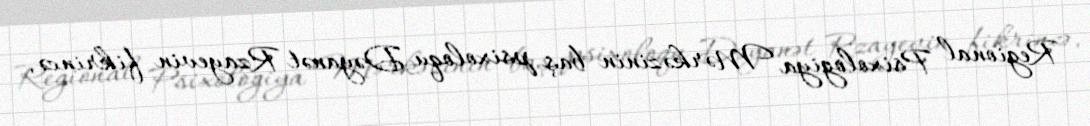
Regional Psixologiya Mərkəzinin baş psixoloqu Dəyanət Rzayevin fikrincə,